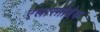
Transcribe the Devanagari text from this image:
एलास्मोब्रैक